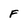
Character: F